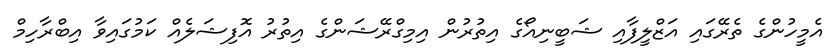
އެމީހުންގެ ތެރޭގައި އަޒްލީފާއި ޝަބީނިއޯގެ އިތުރުން އިމިގްރޭޝަންގެ އިތުރު އޮފިޝަލެއް ކަމުގައިވާ އިބްރާހިމް